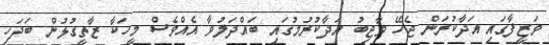
ވަޒީފާގައި އަދާކުރަން ޖެހޭ ވާޖިބު އަދާކުރުމުގައި ބައްދަލުވާ އެއްވެސް މީހަކާ ޒާތީގުޅުން ބަދަހި